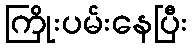
ကြိုးပမ်းနေပြီး